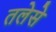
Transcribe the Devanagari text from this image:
तलेसे